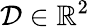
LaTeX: \mathcal{D}\in\mathbb{R}^{2}